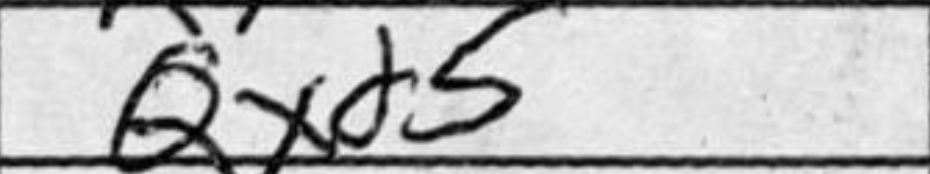
Transcription: Qxd5